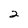
Character: 2